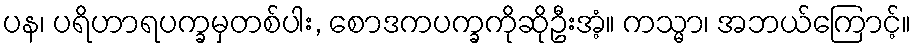
ပန၊ ပရိဟာရပက္ခမှတစ်ပါး, စောဒကပက္ခကိုဆိုဦးအံ့။ ကသ္မာ၊ အဘယ်ကြောင့်။